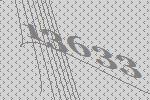
13633